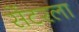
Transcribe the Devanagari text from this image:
सेंटरला